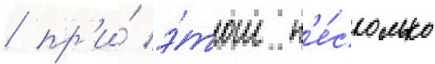
/ пр'и́ э́том н'е́сколько